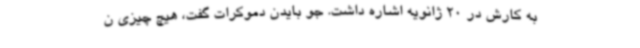
به کارش در 20 ژانویه اشاره داشت. جو بایدن دموکرات گفت، هیچ چیزی ن